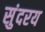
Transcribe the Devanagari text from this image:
सुंदरय